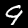
Label: 9